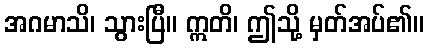
အဂမာသိ၊ သွားပြီ။ ဣတိ၊ ဤသို့ မှတ်အပ်၏။